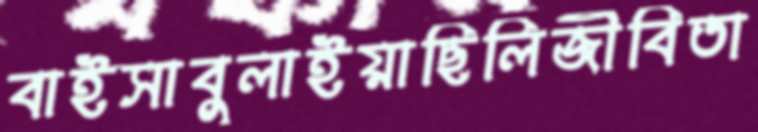
বাইসাবুলাইয়াছিলিজীবিতা